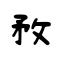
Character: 敄